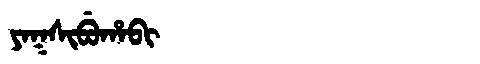
Manchu: ᠶᠠᡴᠰᡳᠪᡠᡥᠠᠪᡳ
Romanization: YAKSIBUHABI